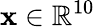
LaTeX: \mathbf{x}\in\mathbb{R}^{10}